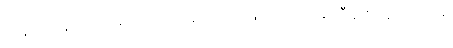
တနည်း (နိဒ္ဒေသအဋ္ဌကထာ အလိုအားဖြင့်။) သံသာရဘီရုကာနံ၊ တို့အား။